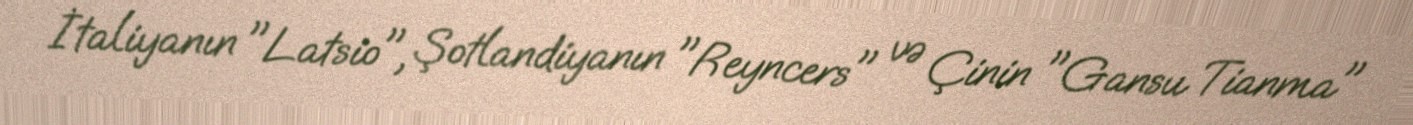
İtaliyanın "Latsio", Şotlandiyanın "Reyncers" və Çinin "Gansu Tianma"